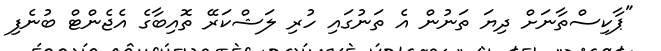
"ޕާކިސްތާނަށް ދިޔަ ތަނުން އެ ތަނުގައި ހުރި ލަޝްކަރޭ ތޮއިބާގެ އެޖެންޓް ބުނެފި